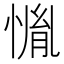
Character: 𱞳